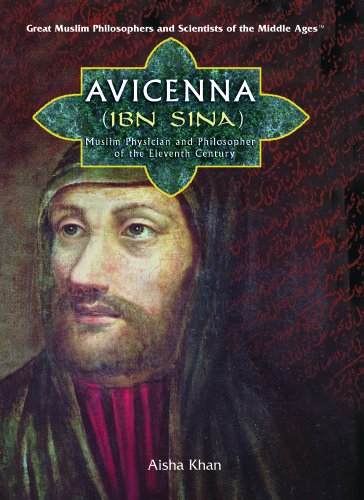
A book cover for Avicenna (Ibn Sina): Muslim Physician And Philosopher of the Eleventh Century (Great Muslim Philosophers and Scientists of the Middle Ages); Aisha Khan; Teen & Young Adult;